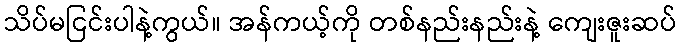
သိပ်မငြင်းပါနဲ့ကွယ်။ အန်ကယ့်ကို တစ်နည်းနည်းနဲ့ ကျေးဇူးဆပ်